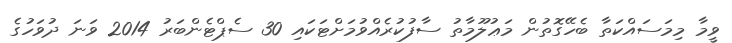
ވީމާ މިމަސައްކަތާ ބެހޭގޮތުން މަޢުލޫމާތު ސާފުކުރެއްވުމަށްޓަކައި 30 ސެޕްޓެންބަރު 2014 ވަނަ ދުވަހުގެ